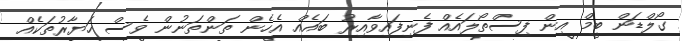
ގޯލްޑަން ބީމް އިން ފިސްތޯލައެއް ފެނިފައިވާއިރު ބައެއް އެހެން ތަންތަނުން ވެސް ހަޔާރުތަކެއް